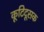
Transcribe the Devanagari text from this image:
कूटिदूसक